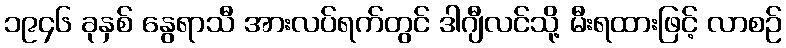
၁၉၄၆ ခုနှစ် နွေရာသီ အားလပ်ရက်တွင် ဒါဂျီလင်သို့ မီးရထားဖြင့် လာစဉ်